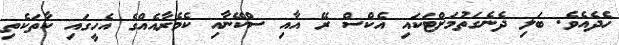
ހެދެއެވެ. ބަލި ދެނެގަތުމަށްޓަކައި އެކްސް ރޭ އާއި ސްކޭނާއި ކެމެރާއެއްގެ އެހީގައި ކާތަކެތި